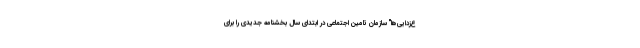
ع‌زدایی‌ها" سازمان تامین اجتماعی در ابتدای سال بخشنامه جدیدی را برای